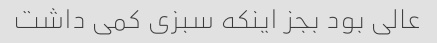
عالی بود بجز اینکه سبزی کمی داشت